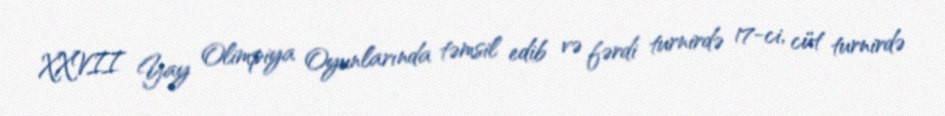
XXVII Yay Olimpiya Oyunlarında təmsil edib və fərdi turnirdə 17-ci, cüt turnirdə